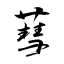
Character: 蔧